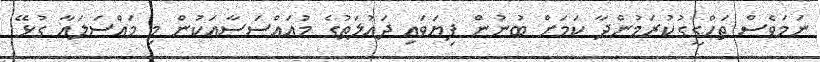
ނަމަވެސް ތަހްގީގުކުރަމުންދާ ކަމަށް ބުނުން ފިޔަވައި ދައުލަތުގެ މުއައްސަސާއަކުން މި މައްސަލައާ ގުޅޭ